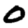
Digit: 0